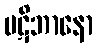
ပဋိဘာနော